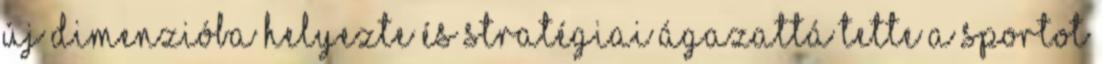
új dimenzióba helyezte és stratégiai ágazattá tette a sportot